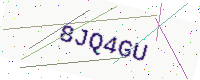
Text: 8JQ4GU